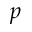
_ p